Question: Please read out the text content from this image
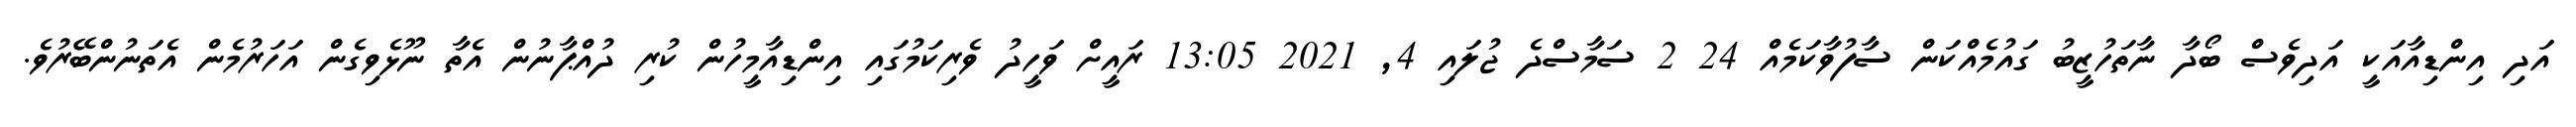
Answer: އަދި އިންޑިއާއަކީ އަދިވެސް ބޯދާ ނާތަހުޒީބު ގައުމެއްކަން ސާފުވާކަމެއް 24 2 ސަމާސްދެ ޖުލައި 4, 2021 13:05 ރައީށް ވަހީދު ވެރިކަމުގައި އިންޑިއާމީހުން ކުރި ދުއްޕާނުން އެތާ ނޫޅެވިގެން އަހަރުމެން އެތަނުންބޭރުވެ.